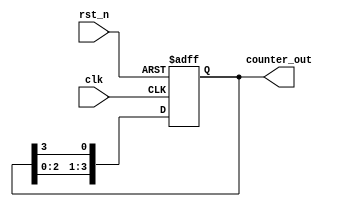
module synchronous_ring_counter (
    input wire clk,                 // Clock input
    input wire rst_n,              // Active-low asynchronous reset
    output reg [N-1:0] counter_out  // Output of the ring counter
);
    parameter N = 4; // Number of flip-flops (adjust as needed)

    // Initial state
    initial begin
        counter_out = 0;
        counter_out[0] = 1; // Initialize the first flip-flop to '1'
    end

    // Synchronous process
    always @(posedge clk or negedge rst_n) begin
        if (!rst_n) begin
            // Reset state: set first flip-flop to '1' and others to '0'
            counter_out <= 0;
            counter_out[0] <= 1;
        end else begin
            // Shift the '1' through the flip-flops
            counter_out <= {counter_out[N-2:0], counter_out[N-1]};
        end
    end
endmodule